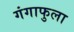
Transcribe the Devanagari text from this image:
गंगाफुला